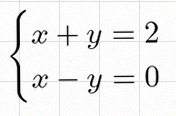
\begin{cases}x+y=2\\x-y=0\end{cases}